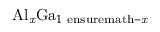
{ \mathrm { A l } } _ { \mathit { x } } { \mathrm { G a } } _ { 1 \mathrm { \ e n s u r e m a t h { - } } \mathit { x } }